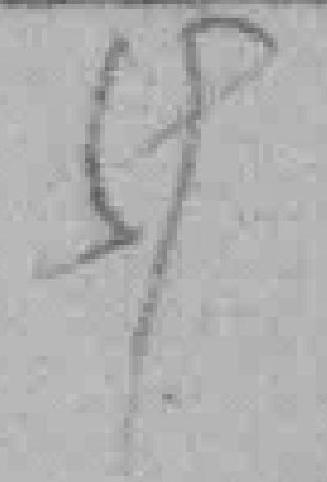
59